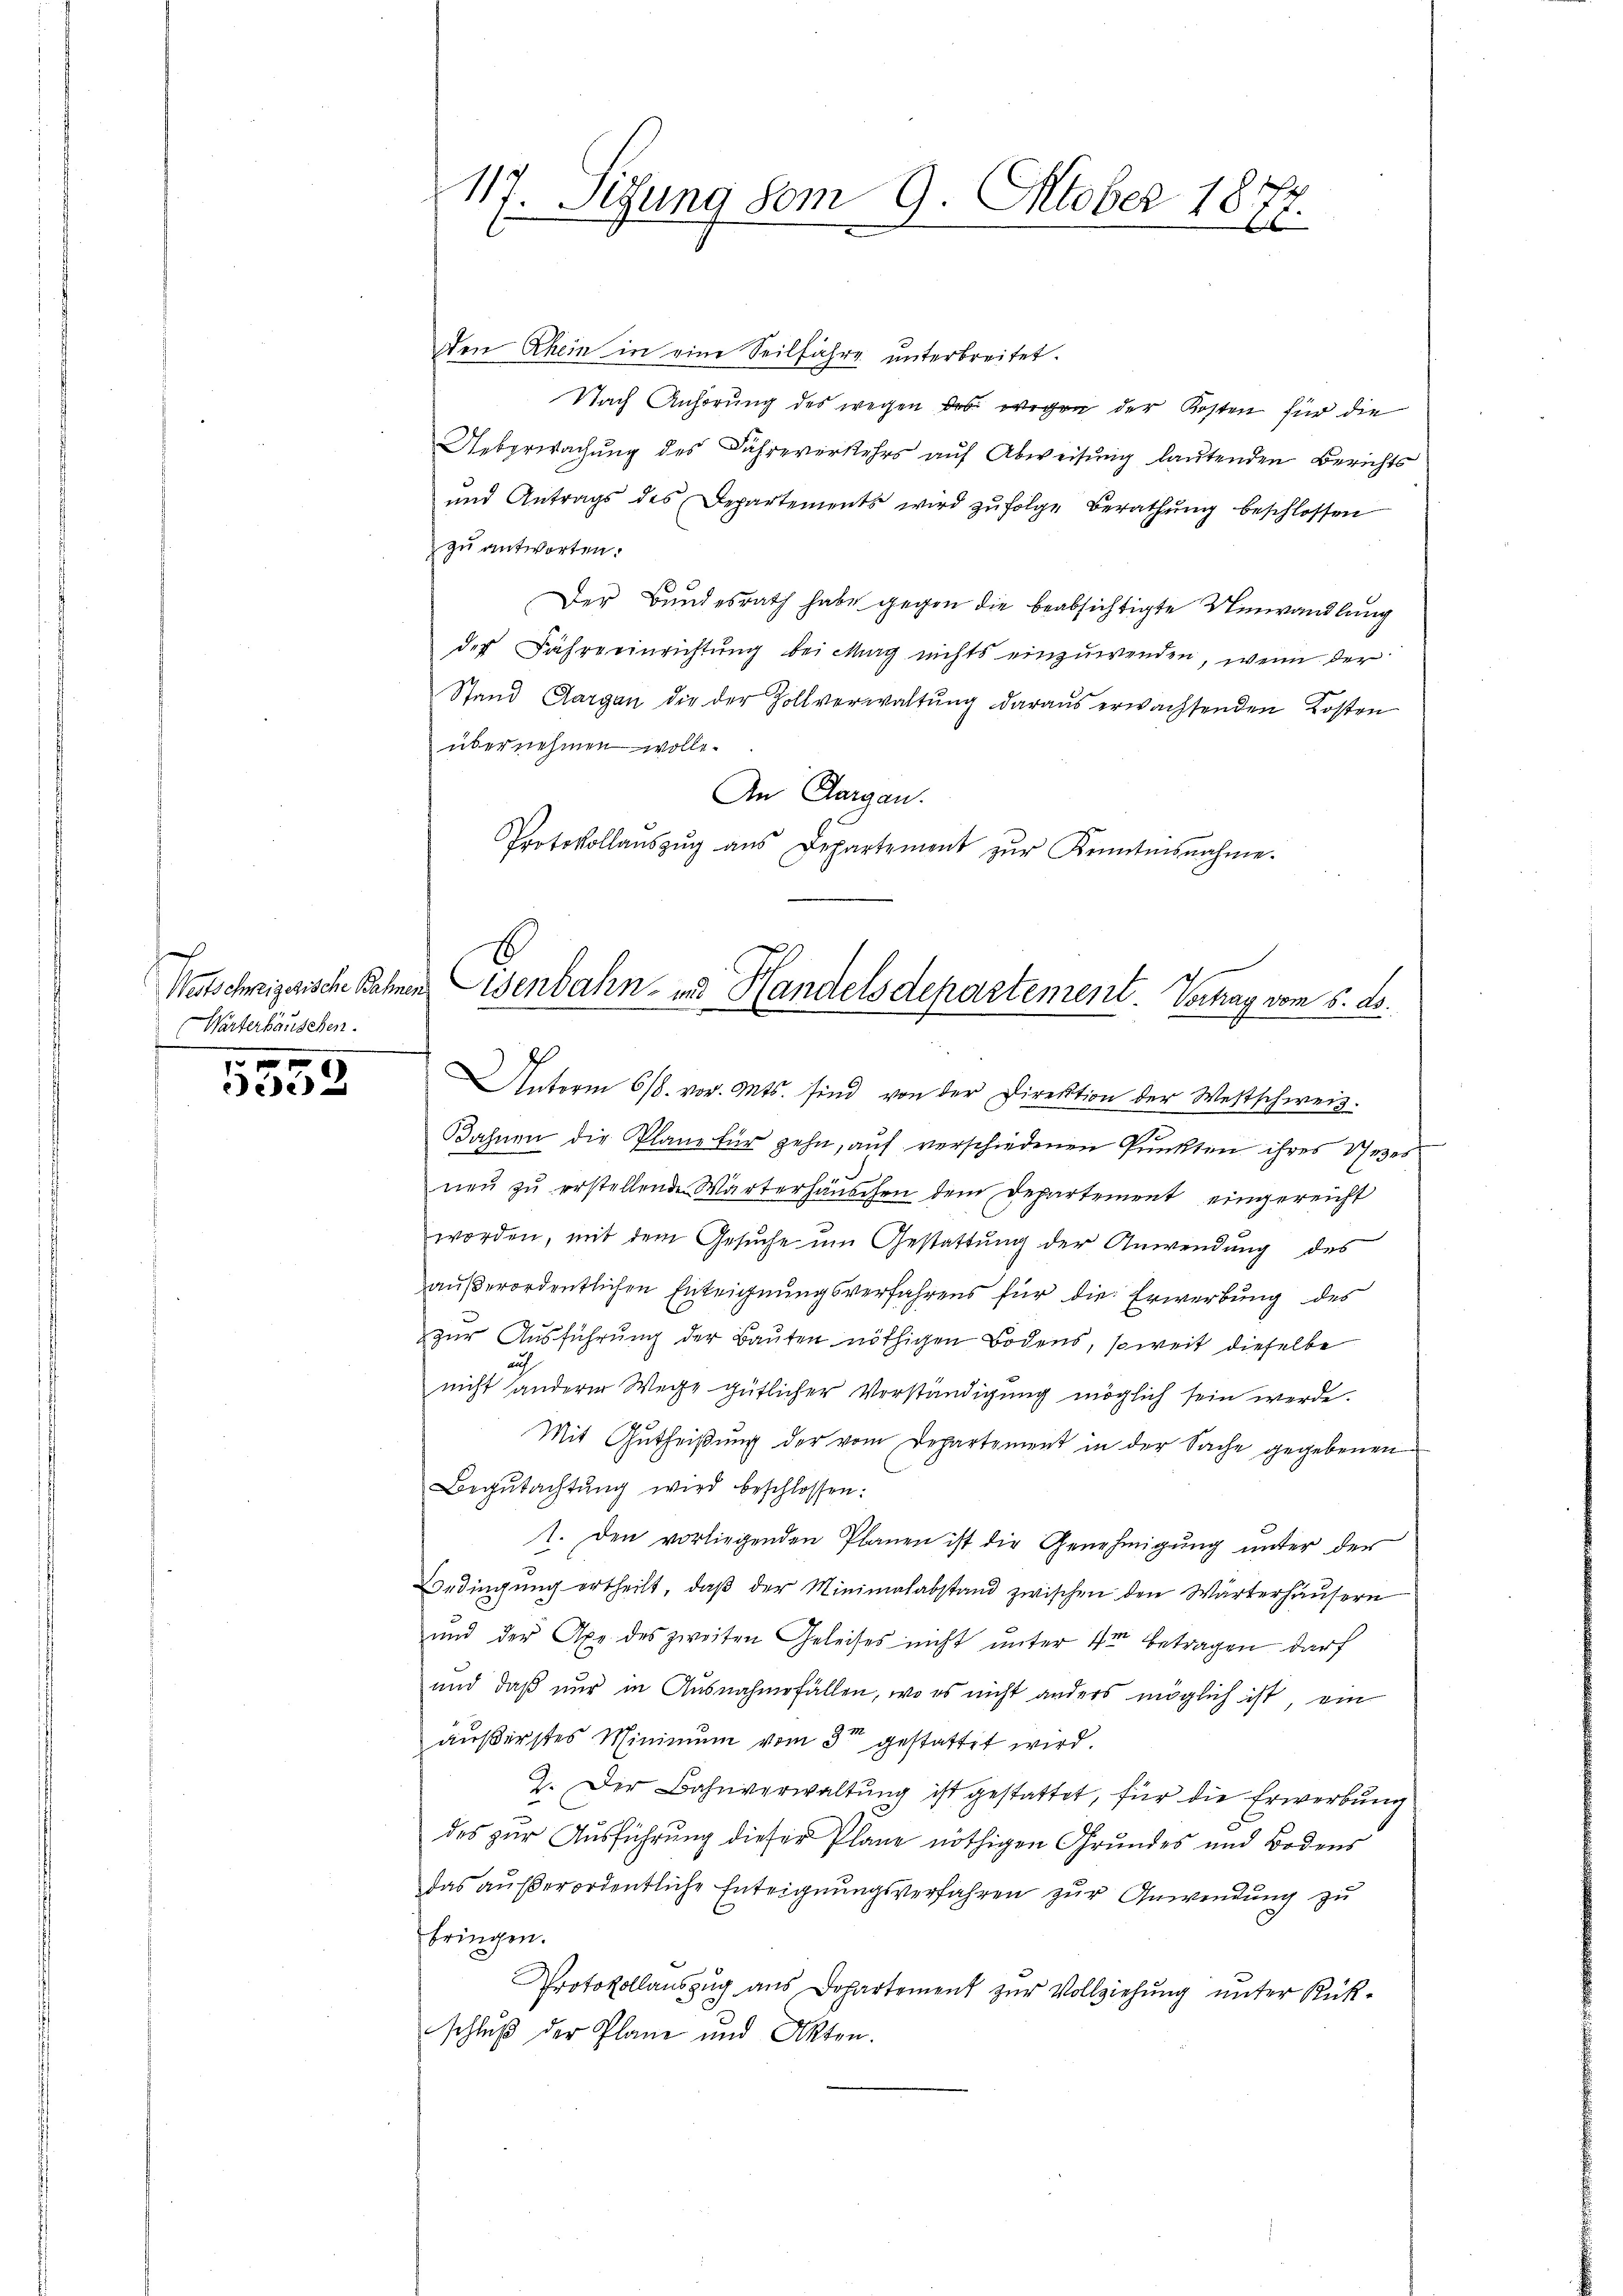
Wärterhausehen.

x
2

117. Sedung vom 9. Oktober 1871
b

den Rhein in eine Seilfahre unterbreitet.
Nach Anhörung des wegen des wegen der Kosten für die
Ueberwachung des Jahreverkehrs auf Abweisung lautenden Berichts
und Antrags des Departements wird zŭfolge Berathŭng beschlossen
zu antworten:
Der Bundesrath habe gegen die beabsichtigte Umwandlung
des Fahre einrichtung bei Mag nichts einzuwenden, wenn der
Stand Aargau die der Zollverwaltŭng daraus erwachtenden Kosten
übernehmen wolle.
An Aargau.
Protokollaŭszŭg aŭs Departement zŭr Kenntnisnahme.

Watschreizerische Bahnen Eisenbahn- und Handelsdepartement. Vornay vom 5. ds.

Unterm 6/8. vor. Mts. sind von der Direktion der Wettschweiz.
Bahnen die Plane für zehn, auf verschiedenen Punkten ihres Sees
.
neŭ zŭ erstellende Wärterhäuschen dem Departement eingereicht
worden, mit dem Gesŭche um Gestattung der Anwendung des
außerordentlichen Enteignungsverfahrens für die Erwerbung des
 zur Ausführung der Bauten nöthigen Bodens, soweit dieselbe
a
nicht andere Wege gütlicher Verständigung möglich sein werde.
Mit Gutheißung der vom Departement in der Sache gegebenen
Begŭtachtŭng wird beschlossen:
1. Den vorliegenden Planen ist die Genehmigung unter der
Bedingung ertheilt, daβ der Minimalabstand zwischen den Wärterhäusern
und der Axe des zweiten Geleises nicht unter 4ter betragen darf
und daß nur in Ausnahmefällen, wo es nicht anders möglich ist ein
äußerstes Minimum vom 3ten gestattet wird.
2. Der Bahnverwaltung ist gestattet, für die Erwerbung
des zur Ausführung dieser Plane nöthigen Grundes und Bodens
das außerordentliche Enteignungsverfahren zur Anwendung zu
bringen.
Protokollauszug aus Departement zur Vollziehung unter Rückschluß der Plane und Akten.